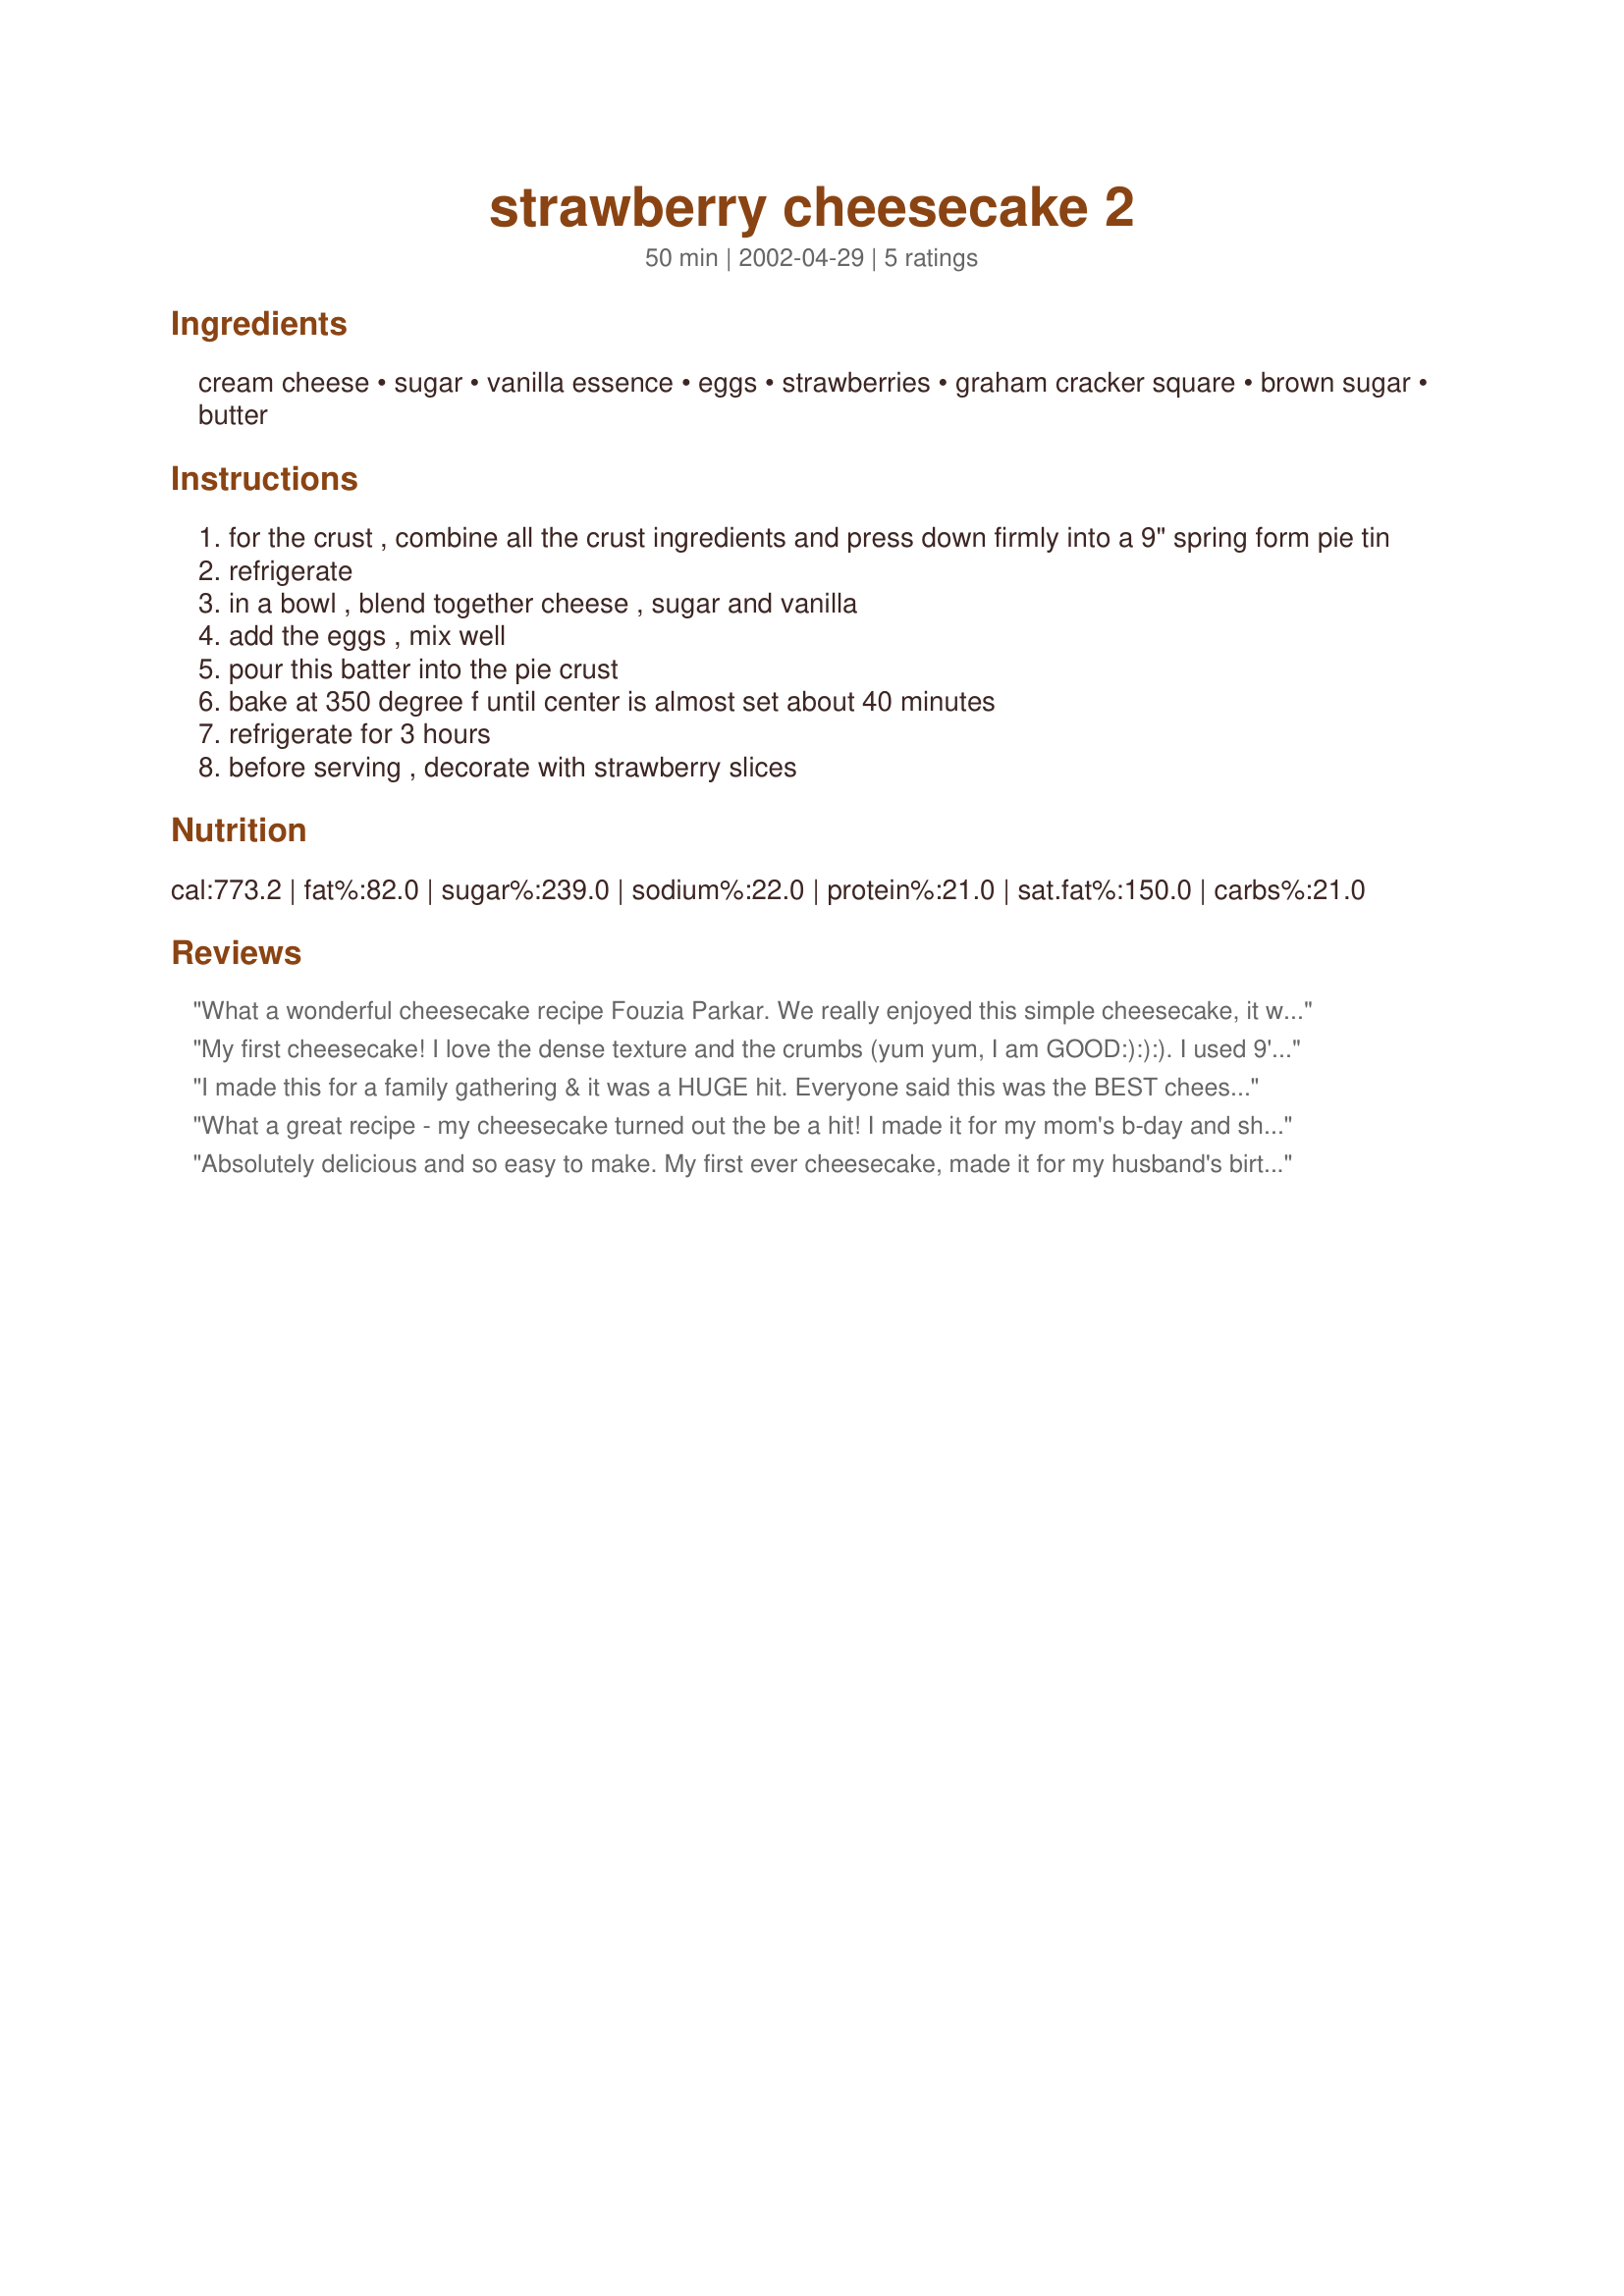
strawberry cheesecake 2
Preparation time: 50 minutes

Ingredients:
cream cheese, sugar, vanilla essence, eggs, strawberries, graham cracker square, brown sugar, butter

Steps:
for the crust , combine all the crust ingredients and press down firmly into a 9" spring form pie tin
refrigerate
in a bowl , blend together cheese , sugar and vanilla
add the eggs , mix well
pour this batter into the pie crust
bake at 350 degree f until center is almost set about 40 minutes
refrigerate for 3 hours
before serving , decorate with strawberry slices

Reviews:
What a wonderful cheesecake recipe Fouzia Parkar. We really enjoyed this simple cheesecake, it was perfect, great flavor and awesome textures. I garnished with homemade strawberry preserves. Thank you so much for sharing this treat.
My first cheesecake! I love the dense texture and the crumbs (yum yum, I am GOOD:):):). I used 9' springform pan and it was...a little "shorter" than I had expected: less like those NY style but more the size of a pie. But hey, it's the quality that matters. I actually used a juice blender mixing the cream cheese. I added a little milk to get the machine going, and I got creamy airy textured cheesecake. Good recipe!
I made this for a family gathering & it was a HUGE hit. Everyone said this was the BEST cheesecake they'd ever had & absolutely the yummiest crust too. This was the 1st cheesecake I've ever made & it was soooo easy. I added a little whip cream, which gave it such nice presentation. Everybody requested the recipe & I am planning to make it again, SOON!!! FYI...my hubby hates cheesecake & REALLY enjoyed it.
What a great recipe - my cheesecake turned out the be a hit! I made it for my mom's b-day and she LOVED it! I've made it 3 times now and will continue to use it in the future. I used the glaze from this recipe for the finishing touch: http://www.recipezaar.com/Strawberry-Cheesecake-1149
Absolutely delicious and so easy to make. My first ever cheesecake, made it for my husband's birthday and it was big hit! Am definitely going to make this again.
